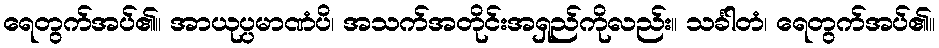
ရေတွက်အပ်၏။ အာယုပ္ပမာဏံပိ၊ အသက်အတိုင်းအရှည်ကိုလည်း။ သင်္ခါတံ၊ ရေတွက်အပ်၏။